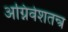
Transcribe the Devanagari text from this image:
अग्निवेशतन्त्र